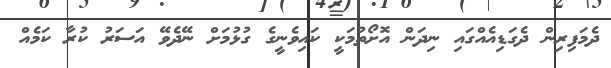
ދެމަފިރިން ދެގަޑިއެއްގައި ނިދަން އޮށޯތުމަކީ ކައިވެނީގެ ގުޅުމަށް ނޭދެވޭ އަސަރު ކުރާ ކަމެއް